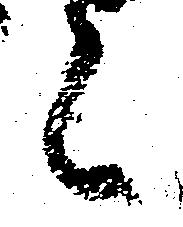
言